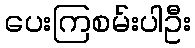
ပေးကြစမ်းပါဦး